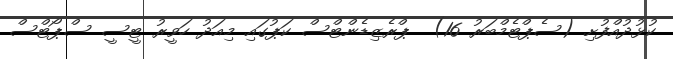
ކުޅުދުއްފުށި (ސެޕްޓެމްބަރު 16)  ޕްރެޒިޑެންޓްސް ކަޕުގައި މިއަދު ހަވީރު ޓީސީ ސްޕޯޓްސް